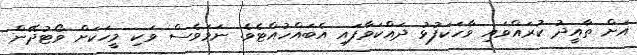
އަށް ތާއީދު ކުރައްވައި ވާހަކަފުޅު ދައްކަވާފައި އެބައްހުއްޓެވެ. ނަމަވެސް ވަކި މީހަކަށް ވޯޓުދޭން